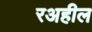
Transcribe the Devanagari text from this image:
रअहील